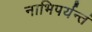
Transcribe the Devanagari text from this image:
नाभिपर्यन्तं